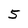
Character: 5